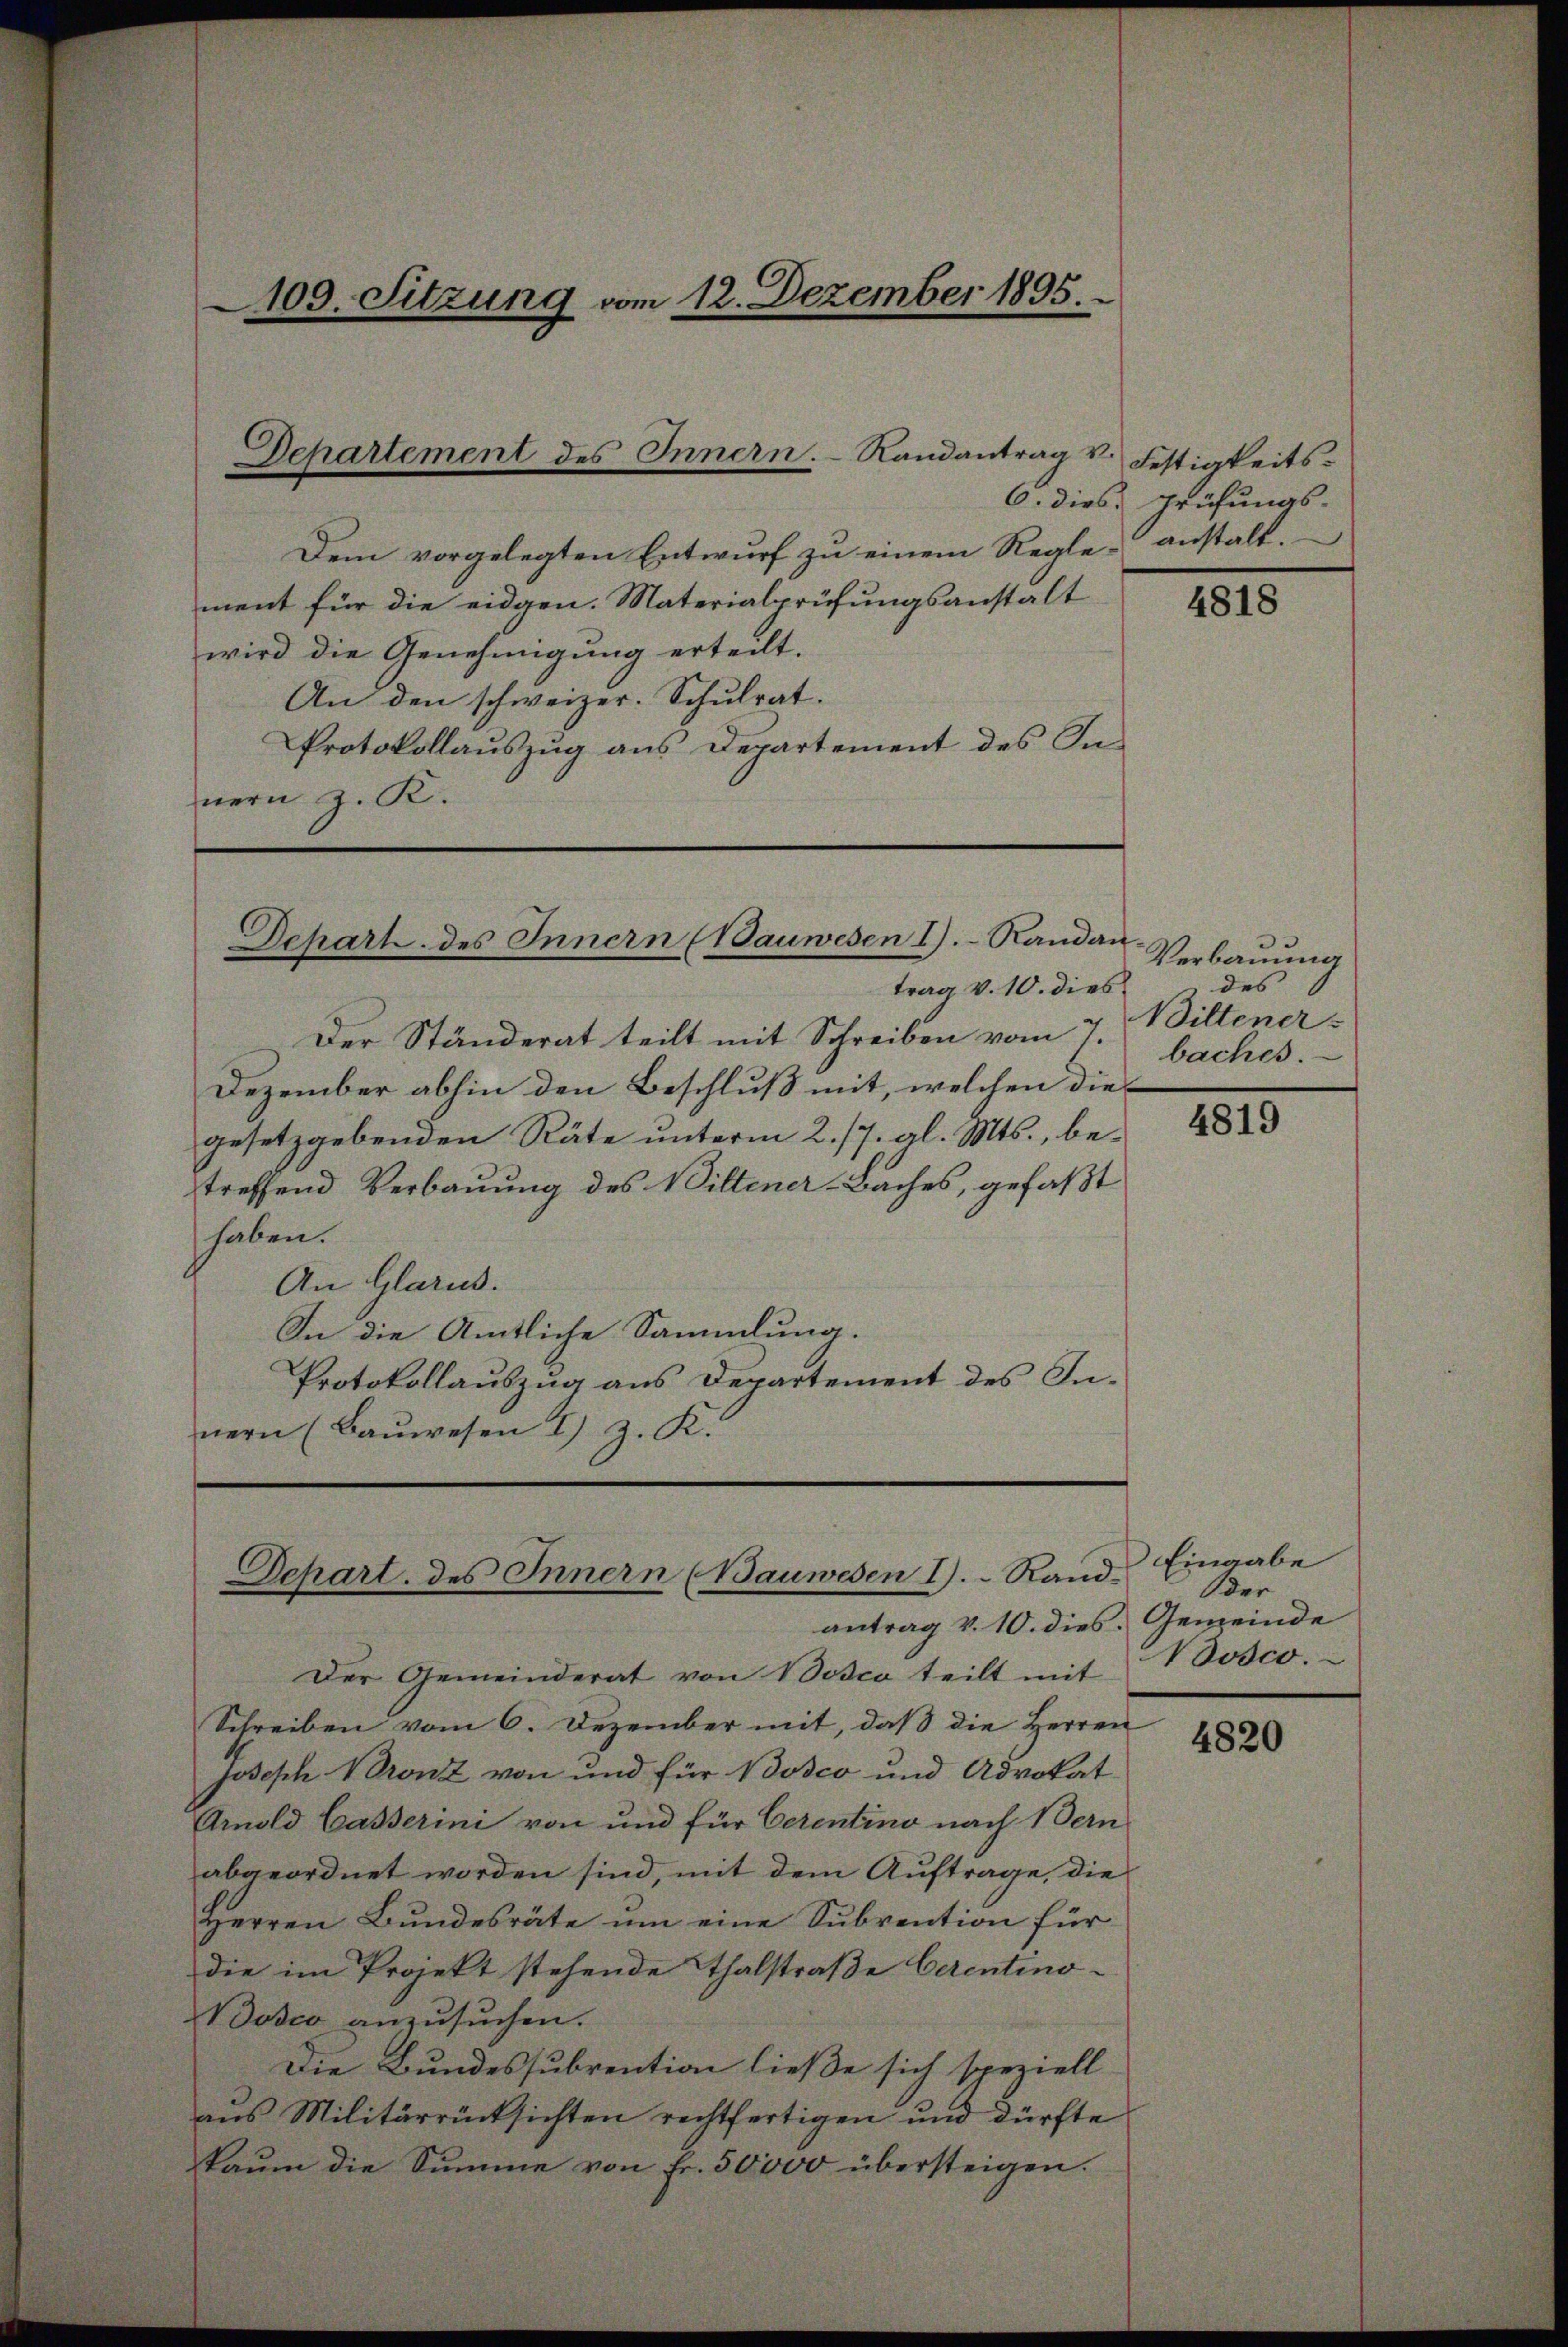
Dem vorgelegten Entwurf zu einem Regle anstalt.
ment für die eidgen. Materialprüfungsanstalt
wird die Genehmigung erteilt.
An den schweizer. Schulrat.
Protokollauszug aus Departement des Innern z. R.

109. Sitzung vom 12. Dezember 1895.

Departement des Innern. Randantrag v.

ehart. des Innern (Bauwesen I. Randan

trag v. 10. dies
Der Ständerat teilt mit Schreiben vom 7.
Dezember abhin den Beschluß mit, welchen diegesetzgebenden Räte unterm 2./7. gl. Mts., betreffend Verbauung des Wiltener-Baches, gefaßt
haben.
An Glarus.
In die Amtliche Sammlung.
Protokollauszug aus Departement des Innern (Bauwesen I) z. K.

Schart. des Innern (Bauwesen I. Randantrag v. 10. dies Gemeinde

Der Gemeinderat von Bosco teilt mit
Schreiben vom 6. Dezember mit, daß die Herren
Joseph Bronz von und für Bosco und Advokat
Arnold Casserini von und für Cerentino nach Bern
abgeordnet worden sind, mit dem Auftrage, die
Herren Bundesräte um eine Subvention für
die im Projekt stehende Thalstraße Cerentino¬
Bosco anzusuchen.
Die Bundessubvention ließe sich speziell
aus Militärrücksichten rechtfertigen und dürfte
kaum die Summe von Fr. 50000 übersteigen.

Festigkeits¬
6. dies Prüfungs-

4818

Verbauung
des
Wiltener
baches.

4819

Eingabe
der
Nosco.

4820